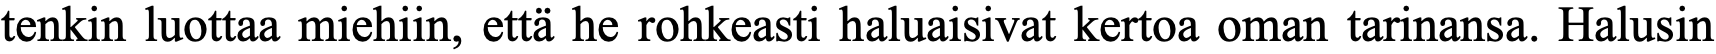
tenkin luottaa miehiin, että he rohkeasti haluaisivat kertoa oman tarinansa. Halusin